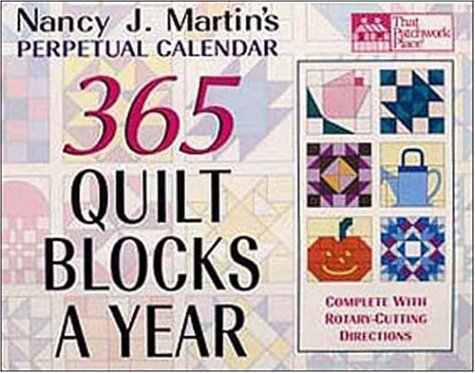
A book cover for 365 Quilt Blocks a Year Perpetual Calendar (That Patchwork Place); Nancy J. Martin; Calendars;